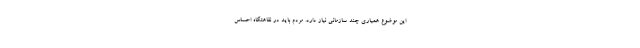
این موضوع همیاری چند سازمانی نیاز دارد. مردم باید در نقاهتگاه احساس